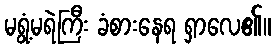
မရွံ့မရဲကြီး ခံစားနေရ ရှာလေ၏။